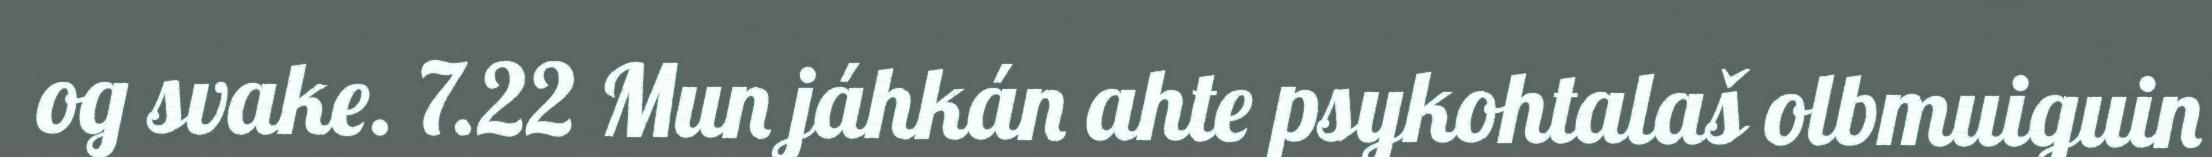
og svake. 7.22 Mun jáhkán ahte psykohtalaš olbmuiguin